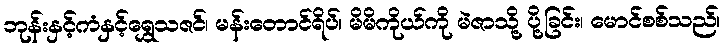
ဘုန်းနှင့်ကံနှင့်ရွှေသဇင်၊ မန်းတောင်ရိပ်၊ မိမိကိုယ်ကို မဲဇာသို့ ပို့ခြင်း၊ မောင်စစ်သည်၊